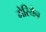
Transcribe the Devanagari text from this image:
मेरियैन